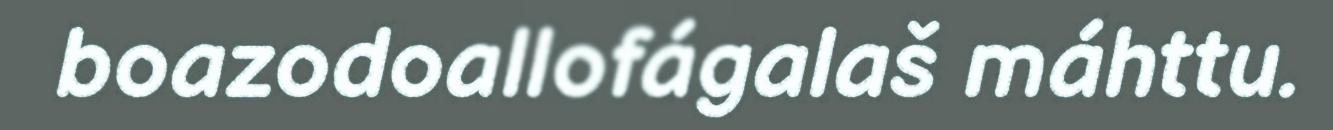
boazodoallofágalaš máhttu.